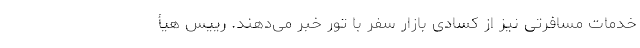
خدمات مسافرتی نیز از کسادی بازار سفر با تور خبر می‌دهند. رییس هیأ